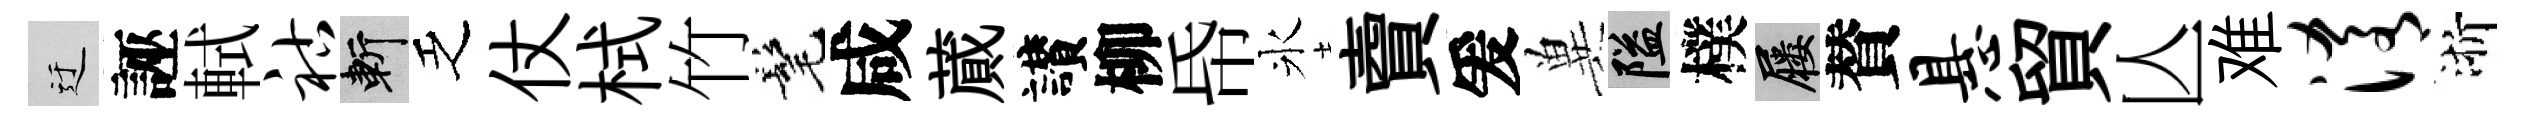
迂誣軾祜斬乏仗栻竹髦咸蕆讃柳帋氷𧶠爰兾隘樸屨賛悬貿亾难淆浙